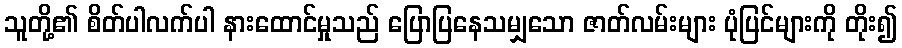
သူတို့၏ စိတ်ပါလက်ပါ နားထောင်မှုသည် ပြောပြနေသမျှသော ဇာတ်လမ်းများ ပုံပြင်များကို တိုး၍